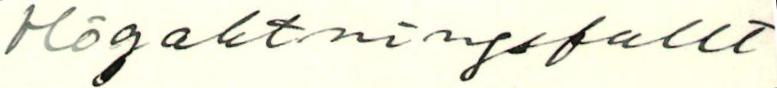
Högaktningsfullt